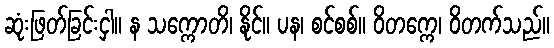
ဆုံးဖြတ်ခြင်းငှါ။ န သက္ကောတိ၊ နိုင်။ ပန၊ စင်စစ်။ ဝိတက္ကေ၊ ဝိတက်သည်။